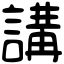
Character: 講